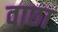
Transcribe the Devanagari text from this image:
वाछा